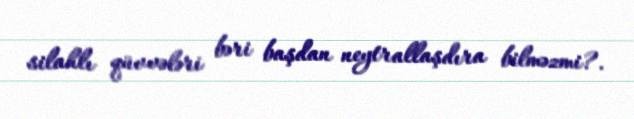
silahlı qüvvələri bəri başdan neytrallaşdıra bilməzmi?.